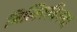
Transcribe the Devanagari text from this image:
बिलिरुबिनचा